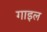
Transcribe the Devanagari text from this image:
गाइल